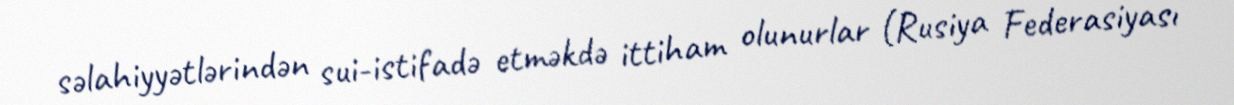
səlahiyyətlərindən sui-istifadə etməkdə ittiham olunurlar (Rusiya Federasiyası